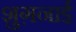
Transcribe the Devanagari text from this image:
शुग़नाई